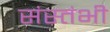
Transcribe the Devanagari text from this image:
संस्तंभी